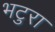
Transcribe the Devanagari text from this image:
भटुरा